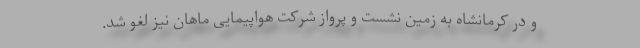
و در کرمانشاه به زمین نشست و پرواز شرکت هواپیمایی ماهان نیز لغو شد.